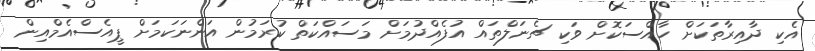
އެކި ދާއިރާތަކަށް ހާއްސަކޮށް ވަކި ޗެނަލްތައް އުފެއްދުމަށް މަސައްކަތް ކުރަމުން އަންނަކަމަށް ޕީއެސްއެމްއިން